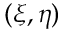
( \xi , \eta )